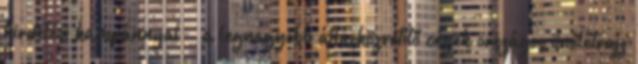
hirdetési kampánnyal - a legnagyobb állásközvetítő cégek országos önéletrajz